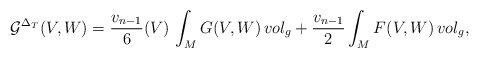
\begin{align*}\mathcal{G}^{\Delta _{T}}(V,W)= {\frac{v_{n-1}}{6}} (V)\,\int _{M} G(V,W)\, vol_{g} + {\frac{v_{n-1}}{2}} \int _{M} F(V,W)\, vol_{g},\end{align*}